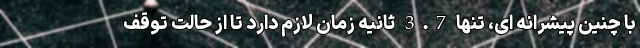
با چنین پیشرانه ای، تنها 3.7 ثانیه زمان لازم دارد تا از حالت توقف